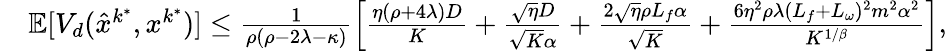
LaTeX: \begin{array}{rl}&{\mathbb{E}[V_{d}(\hat{x}^{k^{\ast}},x^{k^{\ast}})]\leq\frac{1}{\rho(\rho-2\lambda-\kappa)}\Big[\frac{\eta(\rho+4\lambda)D}{K}+\frac{\sqrt{\eta}D}{\sqrt{K}\alpha}+\frac{2\sqrt{\eta}\rho L_{f}\alpha}{\sqrt{K}}+\frac{6\eta^{2}\rho\lambda(L_{f}+L_{\omega})^{2}m^{2}\alpha^{2}}{K^{1/\beta}}\Big],}\end{array}